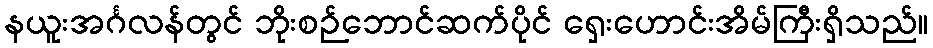
နယူးအင်္ဂလန်တွင် ဘိုးစဉ်ဘောင်ဆက်ပိုင် ရှေးဟောင်းအိမ်ကြီးရှိသည်။